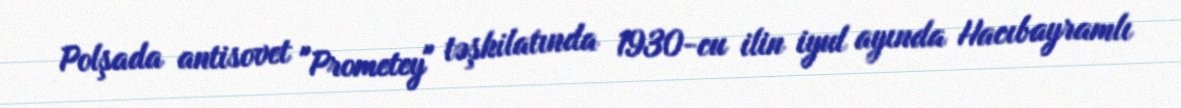
Polşada antisovet "Prometey" təşkilatında 1930-cu ilin iyul ayında Hacıbayramlı